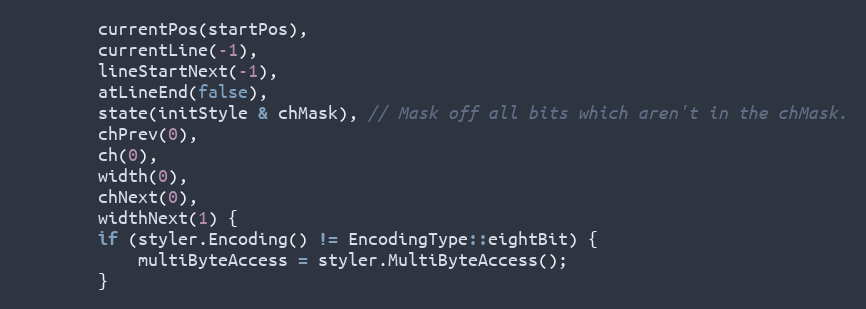
Language: C
		currentPos(startPos),
		currentLine(-1),
		lineStartNext(-1),
		atLineEnd(false),
		state(initStyle & chMask), // Mask off all bits which aren't in the chMask.
		chPrev(0),
		ch(0),
		width(0),
		chNext(0),
		widthNext(1) {
		if (styler.Encoding() != EncodingType::eightBit) {
			multiByteAccess = styler.MultiByteAccess();
		}